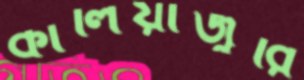
কালিয়াজুরি